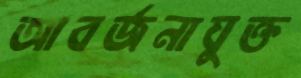
আবর্জনাযুক্ত